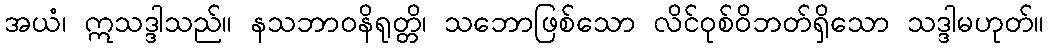
အယံ၊ ဣသဒ္ဒါသည်။ နသဘာဝနိရုတ္တိ၊ သဘောဖြစ်သော လိင်ဝုစ်ဝိဘတ်ရှိသော သဒ္ဒါမဟုတ်။